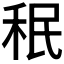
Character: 𥞔